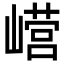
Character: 𫶕